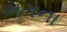
ભગના